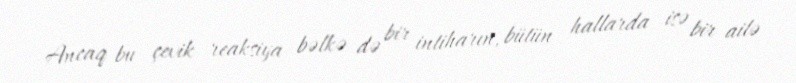
Ancaq bu çevik reaksiya bəlkə də bir intiharın, bütün hallarda isə bir ailə